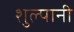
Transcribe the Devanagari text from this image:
शुल्पानी